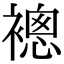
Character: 𧜢